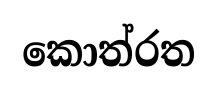
කොත්රත